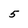
Character: 5